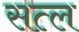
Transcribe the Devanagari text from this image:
सत्ल